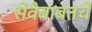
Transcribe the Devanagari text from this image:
सेवेबाबतचे